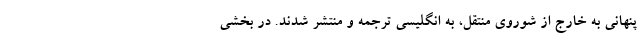
پنهانی به خارج از شوروی منتقل، به انگلیسی ترجمه و منتشر شدند. در بخشی